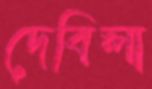
দেবিলা